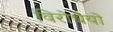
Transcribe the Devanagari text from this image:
विरोधैयो